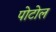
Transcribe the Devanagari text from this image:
पोटोल